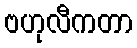
ဗဟုလီကတာ